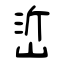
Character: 峾